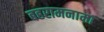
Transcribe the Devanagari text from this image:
बहरामनामा